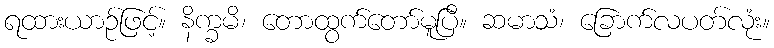
ရထားယာဉ်ဖြင့်။ နိက္ခမိ၊ တောထွက်တော်မူပြီ။ ဆမာသံ၊ ခြောက်လပတ်လုံး။